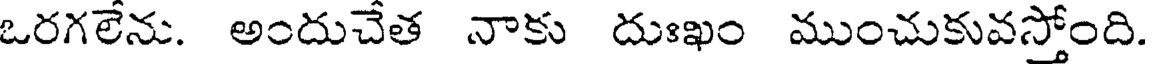
ఒరగలేను. అందుచేత నాకు దుఃఖం ముంచుకువస్తోంది